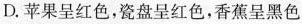
D.苹果呈红色，瓷盘呈红色，香蕉呈黑色